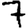
Digit: 7